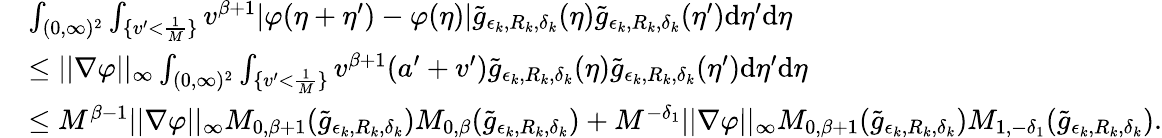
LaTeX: \begin{array}{rl}&{\int_{(0,\infty)^{2}}\int_{\{ v^{\prime}<\frac{1}{M}\} }v^{\beta+1}|\varphi(\eta+\eta^{\prime})-\varphi(\eta)|\tilde{g}_{\epsilon_{k},R_{k},\delta_{k}}(\eta)\tilde{g}_{\epsilon_{k},R_{k},\delta_{k}}(\eta^{\prime})\textup{d}\eta^{\prime}\textup{d}\eta}\\ &{\leq||\nabla\varphi||_{\infty}\int_{(0,\infty)^{2}}\int_{\{ v^{\prime}<\frac{1}{M}\} }v^{\beta+1}(a^{\prime}+v^{\prime})\tilde{g}_{\epsilon_{k},R_{k},\delta_{k}}(\eta)\tilde{g}_{\epsilon_{k},R_{k},\delta_{k}}(\eta^{\prime})\textup{d}\eta^{\prime}\textup{d}\eta}\\ &{\leq M^{\beta-1}||\nabla\varphi||_{\infty}M_{0,\beta+1}(\tilde{g}_{\epsilon_{k},R_{k},\delta_{k}})M_{0,\beta}(\tilde{g}_{\epsilon_{k},R_{k},\delta_{k}})+M^{-\delta_{1}}||\nabla\varphi||_{\infty}M_{0,\beta+1}(\tilde{g}_{\epsilon_{k},R_{k},\delta_{k}})M_{1,-\delta_{1}}(\tilde{g}_{\epsilon_{k},R_{k},\delta_{k}}).}\end{array}